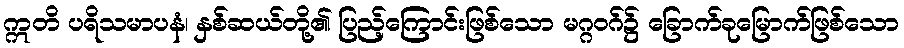
ဣတိ ပရိသမာပနံ၊ နှစ်ဆယ်တို့၏ ပြည့်ကြောင်းဖြစ်သော မဂ္ဂဝဂ်၌ ခြောက်ခုမြောက်ဖြစ်သော